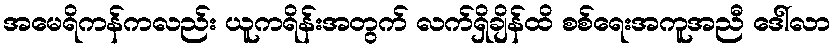
အမေရိကန်ကလည်း ယူကရိန်းအတွက် လက်ရှိချိန်ထိ စစ်ရေးအကူအညီ ဒေါ်လာ